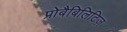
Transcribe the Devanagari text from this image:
प्रोबैबिलिटिज़